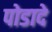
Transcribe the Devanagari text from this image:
पोडादे